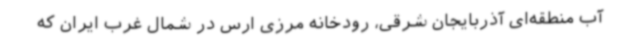
آب منطقه‌ای آذربایجان شرقی، رودخانه مرزی ارس در شمال غرب ایران که